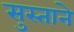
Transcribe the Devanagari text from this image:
सुस्ताने